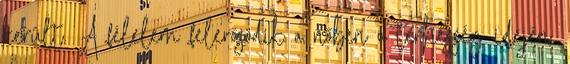
került. A félelem felerősödik a nőben a terhesség idején.